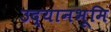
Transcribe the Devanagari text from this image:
उद्यानभूमि